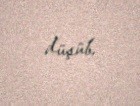
düşüb.